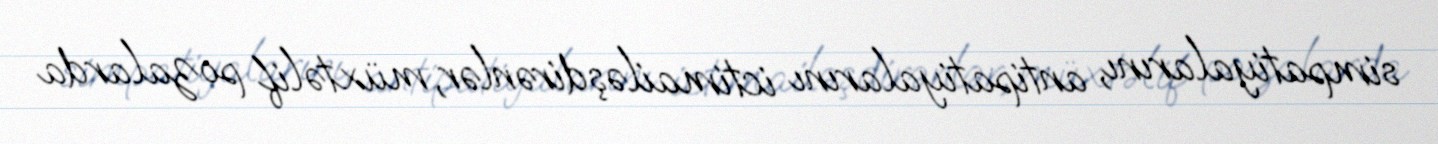
simpatiyalarını, antipatiyalarını ictimailəşdirənlər, müxtəlif pozalarda